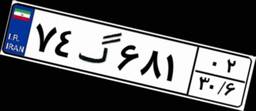
۷۴گ۶۸۱۰۲